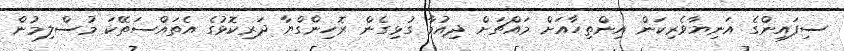
ސިފައިންގެ އަނިޔާވެރިކަން އިންތިހާއަށް މައްޗަށް ދިއުމާ ގުޅިގެން ރޮހިންގްޔާ ދަރިކޮޅުގެ އެތައްސަތޭކަ މުސްލިމުން